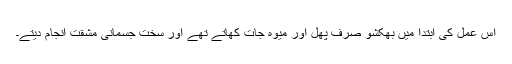
اس عمل کی ابتدا میں بھکشو صرف پھل اور میوہ جات کھاتے تھے اور سخت جسمانی مشقت انجام دیتے۔